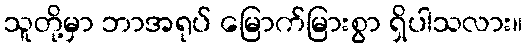
သူတို့မှာ ဘာအရုပ် မြောက်မြားစွာ ရှိပါသလား။